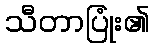
သီတာပြုံး၏